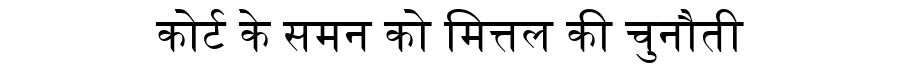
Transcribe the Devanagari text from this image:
कोर्ट के समन को मित्तल की चुनौती